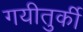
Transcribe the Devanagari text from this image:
गयीतुर्की